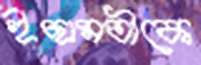
ইছামতীকে